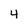
Character: 4